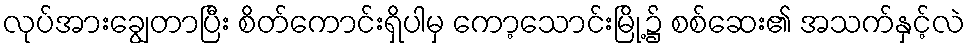
လုပ်အားချွေတာပြီး စိတ်ကောင်းရှိပါမှ ကော့သောင်းမြို့၌ စစ်ဆေး၏ အသက်နှင့်လဲ